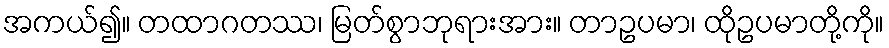
အကယ်၍။ တထာဂတဿ၊ မြတ်စွာဘုရားအား။ တာဥပမာ၊ ထိုဥပမာတို့ကို။